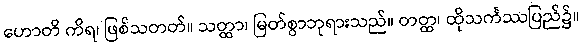
ဟောတိ ကိရ၊ ဖြစ်သတတ်။ သတ္ထာ၊ မြတ်စွာဘုရားသည်။ တတ္ထ၊ ထိုသင်္ကဿပြည်၌။